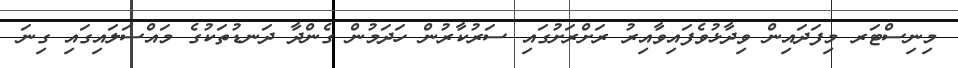
މިނިސްޓަރ މިފަދައިން ވިދާޅުވެފައިވާއިރު ރަށްރަށުގައި ސަރުކާރުން ހަދަމުން ގެންދާ ދަނޑުތަކުގެ މައްސަލައިގައި ގިނަ